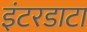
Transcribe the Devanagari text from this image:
इंटरडाटा